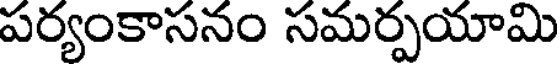
పర్యంకాసనం సమర్పయామి